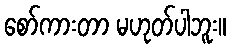
စော်ကားတာ မဟုတ်ပါဘူး။